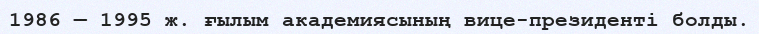
1986 — 1995 ж. ғылым академиясының вице-президенті болды.